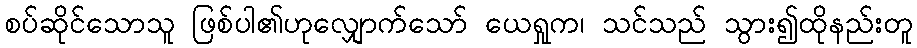
စပ်ဆိုင်သောသူ ဖြစ်ပါ၏ဟုလျှောက်သော် ယေရှုက၊ သင်သည် သွား၍ထိုနည်းတူ